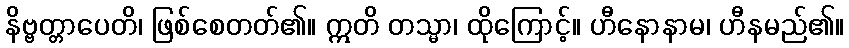
နိဗ္ဗတ္တာပေတိ၊ ဖြစ်စေတတ်၏။ ဣတိ တသ္မာ၊ ထိုကြောင့်။ ဟီနောနာမ၊ ဟီနမည်၏။